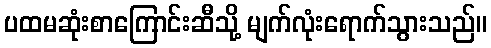
ပထမဆုံးစာကြောင်းဆီသို့ မျက်လုံးရောက်သွားသည်။